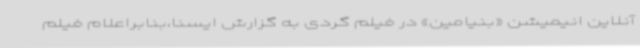
آنلاین انیمیشن «بنیامین» در فیلم گردی به گزارش ایسنا،بنابراعلام فیلم